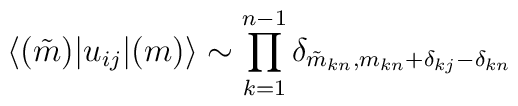
\langle (\tilde{m})|u_{ij}| (m)\rangle\sim\prod_{k=1}^{n-1}\delta_{\tilde{m}_{kn}, m_{kn}+\delta_{kj}-\delta_{kn}}